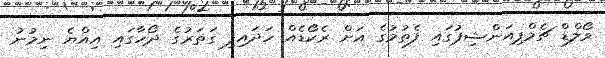
ވޯލްޑް ޗެމްޕިއަންޝިޕުގައި ފެތުމުގެ އަށް ރެކޯޑެއް ހަދައިފި ގަތަރުގެ ދޯހާގައި އިއްޔެ ނިމުނު